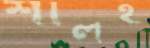
শালই